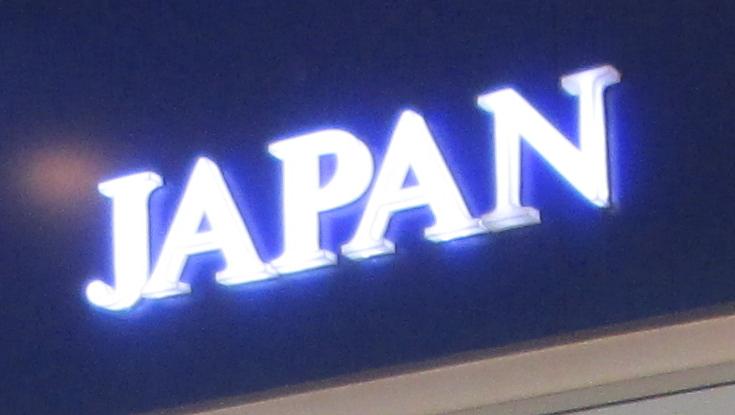
japan